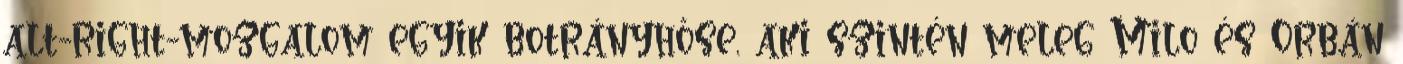
alt-right-mozgalom egyik botrányhőse, aki szintén meleg Milo és Orbán